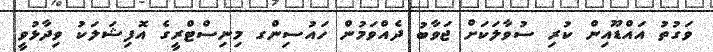
ވަގުތު އައްޑޫއިން ކުރި ސުވާލަކަށް ޖަވާބު ދެއްވަމުން ހައުސިންގ މިނިސްޓްރީގެ އޮފިޝަލަކު ވިދާޅުވީ